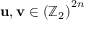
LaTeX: \mathbf { u , v } \in \left( \mathbb { Z } _ { 2 } \right) ^ { 2 n }